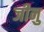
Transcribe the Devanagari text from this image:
जीनु